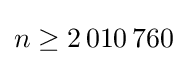
n\geq 2\,010\,760